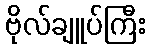
ဗိုလ်ချူပ်ကြီး